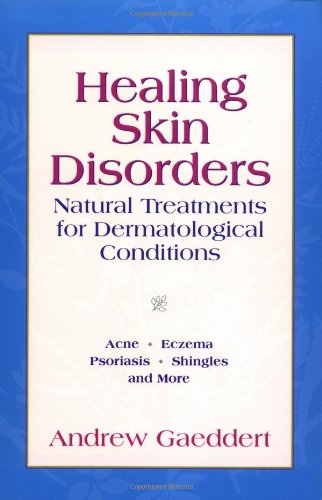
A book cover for Healing Skin Disorders: Natural Treatments for Dermatological Conditions; Andrew Gaeddert; Health, Fitness & Dieting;